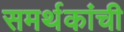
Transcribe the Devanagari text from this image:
समर्थकांची